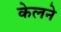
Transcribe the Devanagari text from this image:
केलने